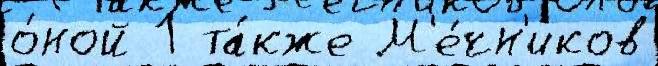
о́ной 1 та́кже М'е́чн'иков